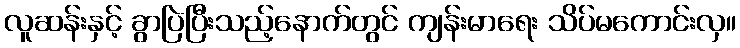
လူဆန်းနှင့် ခွာပြဲပြီးသည့်နောက်တွင် ကျန်းမာရေး သိပ်မကောင်းလှ။